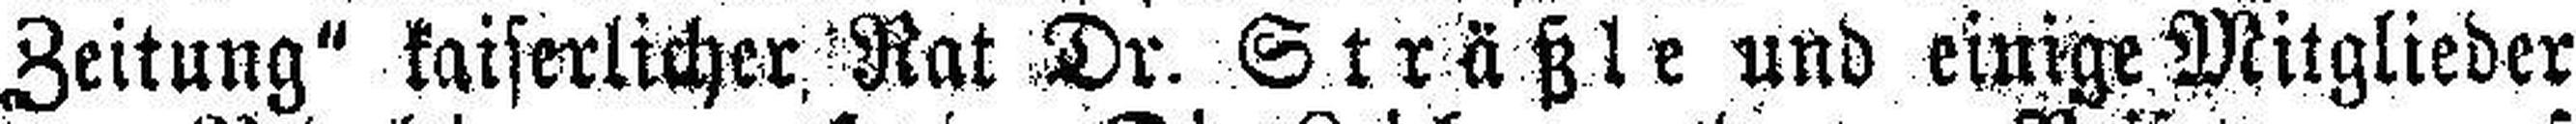
Zeitung“ kaiserlicher Rat Dr. Sträßle und einige Mitglieder